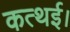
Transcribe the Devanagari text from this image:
कत्थई।